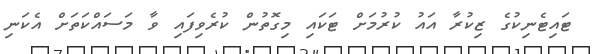
ޓައިޓެނިކުގެ ޒިކުރާ އައު ކުރުމަށް ޓަކައި މިގޮތުން ކުރެވިފައި ވާ މަސައްކަތަށް އެކަނި